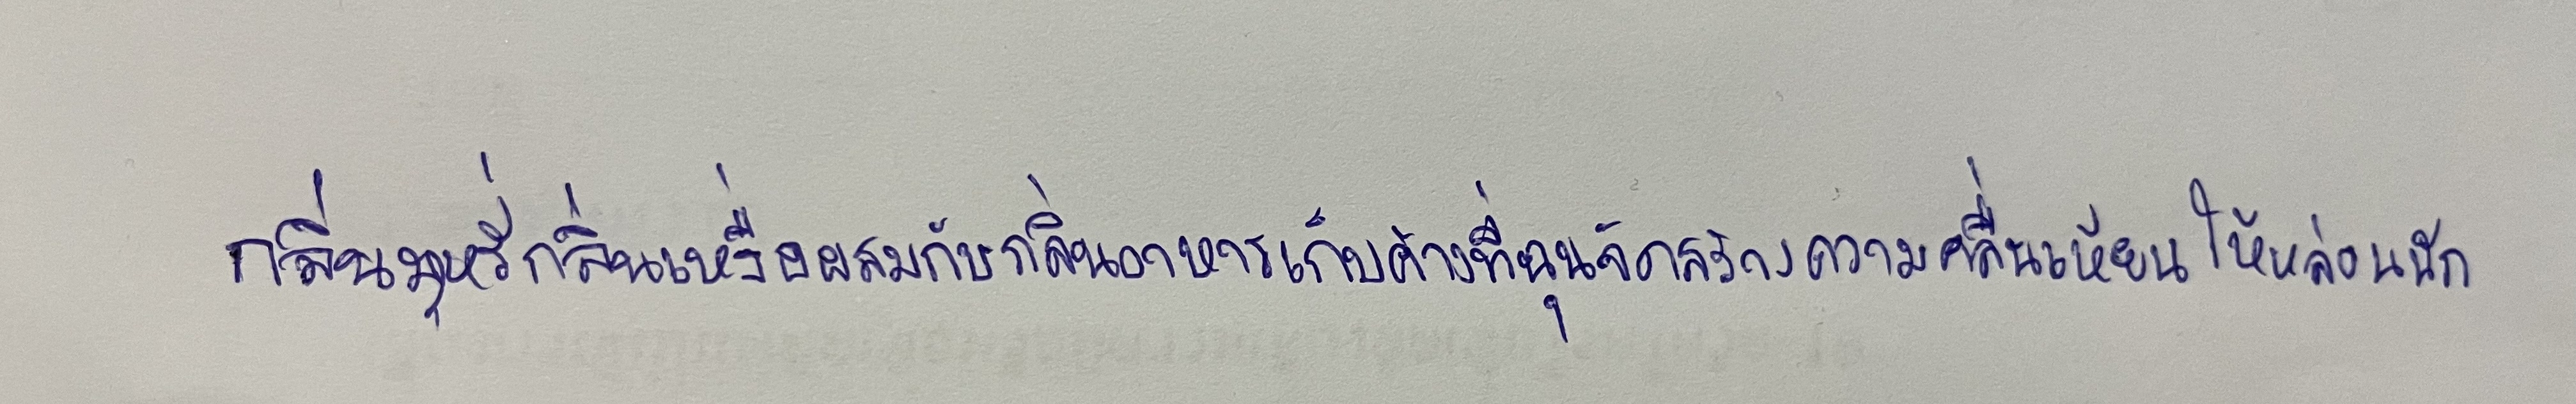
กลิ่นบุหรี่กลิ่นเหงื่อผสมกับกลิ่นอาหารเก็บค้างที่ฉุนจัดสร้างความคลื่นเหียนให้หล่อนนัก